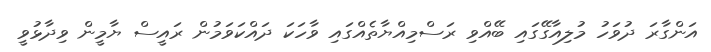
އަންގާރަ ދުވަހު މުލިއާގޭގައި ބޭއްވި ރަސްމިއްޔާތެއްގައި ވާހަކަ ދައްކަވަމުން ރައީސް ޔާމީން ވިދާޅުވީ